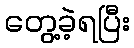
တွေ့ခဲ့ရပြီး